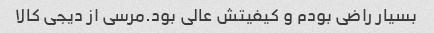
بسیار راضی بودم و کیفیتش عالی بود.مرسی از دیجی کالا